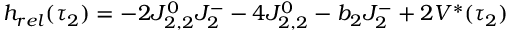
h _ { r e l } ( \tau _ { 2 } ) = - 2 J _ { 2 , 2 } ^ { 0 } J _ { 2 } ^ { - } - 4 J _ { 2 , 2 } ^ { 0 } - b _ { 2 } J _ { 2 } ^ { - } + 2 V ^ { * } ( \tau _ { 2 } )